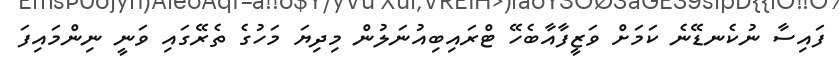
ފައިސާ ނުކެނޑޭނެ ކަމަށް ވަޒީފާއާބެހޭ ޓްރައިބިއުނަލުން މިދިޔަ މަހުގެ ތެރޭގައި ވަނީ ނިންމައިފަ